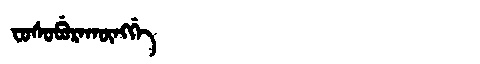
Manchu: ᠸᠣᠰᠣᠪᡠᡵᠠᡴᡡᠩᡤᡝ
Romanization: FOSOBURAKŪNGGE